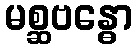
မစ္ဆဗန္ဓော